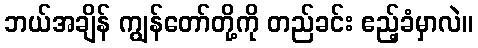
ဘယ်အချိန် ကျွန်တော်တို့ကို တည်ခင်း ဧည့်ခံမှာလဲ။